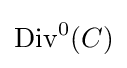
\mathrm {Div} ^{0}(C)